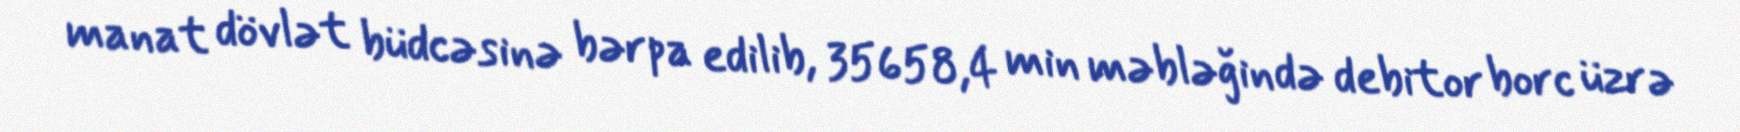
manat dövlət büdcəsinə bərpa edilib, 35658,4 min məbləğində debitor borc üzrə